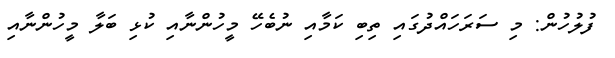
ފުލުހުން: މި ސަރަހައްދުގައި ތިބި ކަމާއި ނުބެހޭ މީހުންނާއި ކުޅި ބަލާ މީހުންނާއި